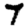
Digit: 7